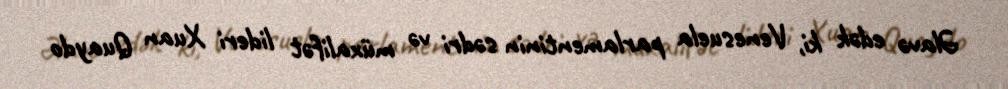
Əlavə edək ki, Venesuela parlamentinin sədri və müxalifət lideri Xuan Quaydo